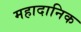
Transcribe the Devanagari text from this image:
महादानिक